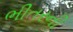
ભીતરની